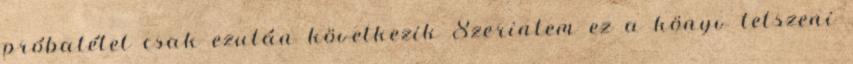
próbatétel csak ezután következik Szerintem ez a könyv tetszeni